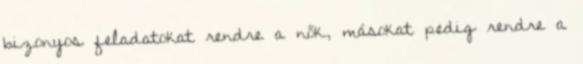
bizonyos feladatokat rendre a nők, másokat pedig rendre a